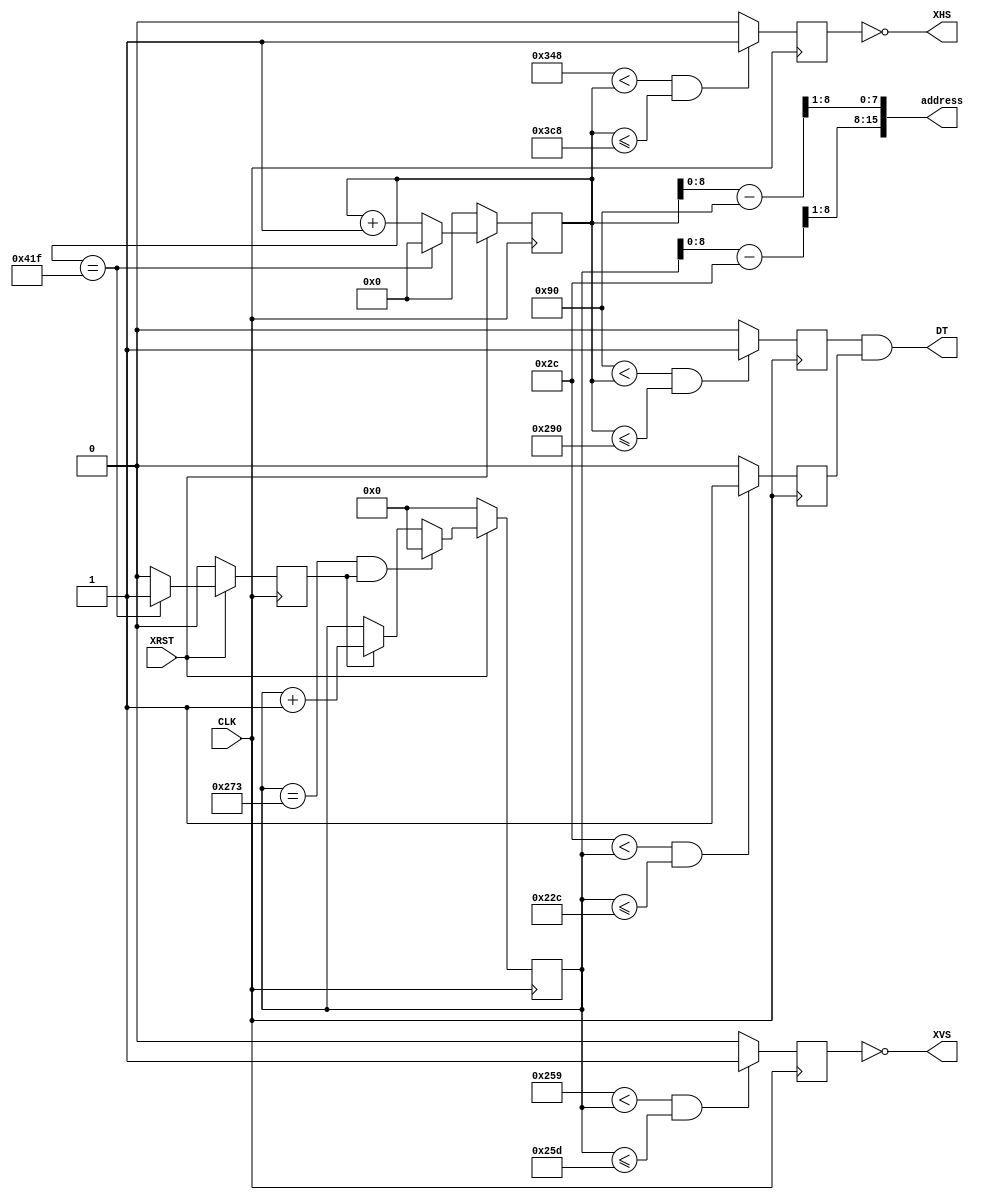
`timescale 1ns/1ns
// Graphic Controller
//
// Display HD   VD   Freq   HFP HSP HBP VFP VSP VBP
// VGA     640  480  27.175  16  96  48  10   2  33
// SVGA    800  600  40.0    40 128  88   1   4  23
// XGA    1024  768  65.0    24 136 160   3   6  29
// SXGA   1280 1024 108.0    48 112 248   1   3  38

module graphic_control(
	input wire CLK,
	input wire XRST,
	output reg XHS,
	output reg XVS,
	output reg DT,
	output reg [15:0] address
);
parameter HD=800;  // Phyisical Display Timing Horizontal
parameter HFP=40;
parameter HSP=128;
parameter HBP=88;
parameter HO=HFP+HSP+HBP;
parameter HL=HD+HO;	// 1056

parameter VD=600;  // Phyisical Display Timing Vertical
parameter VFP=1;
parameter VSP=4;
parameter VBP=23;
parameter VO=VFP+VSP+VBP;
parameter VL=VD+VO;	// 628

parameter EHD=512; // Embedded Display Timing Horizontal
parameter EVD=512; // Embedded Display Timing Vertical

parameter HW=11;
parameter VW=10;
parameter EHOFF = (HD-EHD)/2; // Embedded Display Offset Horizontal
parameter EVOFF = (VD-EVD)/2; // Embedded Display Offset Vertical

reg VCE = 0; // Vcounter Enable
reg HS;
reg VS;
reg [10:0] hcounter; // reg [HW-1:0] hcounter;
reg [9:0] vcounter;  // reg [VW-1:0] vcounter;
reg LHDT; // local horizontal display timing
reg LVDT; // local vertical display timing
reg [7:0] xaddress;
reg [7:0] yaddress;

// Horizontal Counter
always @(posedge CLK) begin
  if (XRST == 0) begin
     hcounter <= 0;
     VCE <= 0;
  end else if (hcounter == (HL - 1)) begin
     hcounter <= 0;
     VCE <= 1;
  end else begin
     hcounter <= hcounter + 1;
     VCE <= 0;
  end
  if (((HD + HFP) < hcounter) && (hcounter <= (HD + HFP + HSP))) HS <= 1;
  else HS <= 0;
  if (((EHOFF) < hcounter) && (hcounter <= (EHOFF + EHD))) LHDT <= 1;
  else LHDT <= 0;
end

// Vertical Counter
always @(posedge CLK) begin
  if (XRST == 0) begin
     vcounter <= 0;
  end else if ((vcounter == (VL - 1)) && VCE) begin
     vcounter <= 0;
  end else if (VCE) begin
    vcounter <= vcounter + 1;
  end
  if ((VD + VFP < vcounter) && (vcounter <= (VD + VFP + VSP))) VS <= 1;
  else VS <= 0;
  if (((EVOFF) < vcounter) && (vcounter <= (EVOFF + EVD))) LVDT <= 1;
  else LVDT <= 0;
end

always @* begin
    XHS = ~HS;
    XVS = ~VS;
    DT = LHDT & LVDT;
    xaddress = (hcounter - EHOFF) >> 1;
    yaddress = (vcounter - EVOFF) >> 1;
    address = {yaddress, xaddress};
end

endmodule